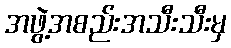
အဖွဲ့အစည်းအသီးသီးမှ